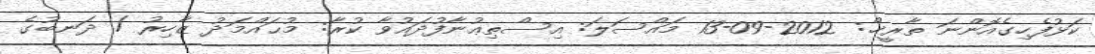
ކަޅުފެހިގެއޮންނަ ތާރީޚް: 2012-09-13 މައްސަލަ: އިސްތިޢުނާފުދައުވާ ކުރާ: މުޙައްމަދު ޒާހިރު / ދަނބުގެ